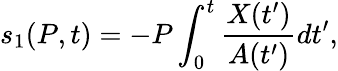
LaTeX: s_{1}(P,t)=-P\int_{0}^{t}\frac{X(t^{\prime})}{A(t^{\prime})}dt^{\prime},